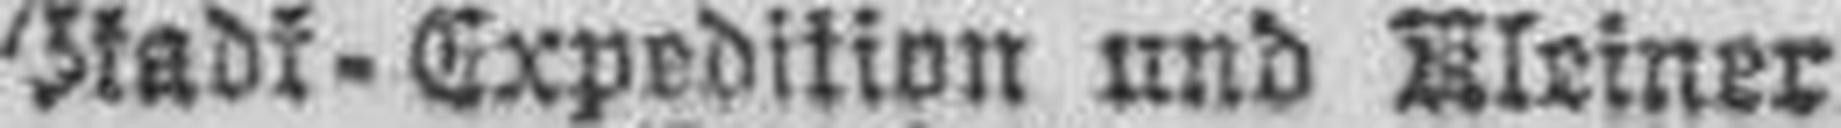
Stadt - Expedition und Kleiner